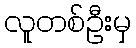
လူတစ်ဦးမှ